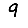
Digit: 9